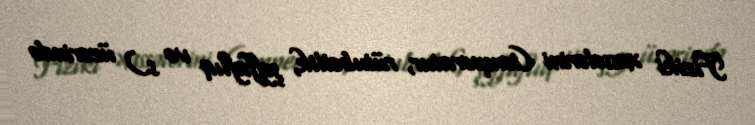
Fiziki xassələrini (temperatur, rütubətlik, şəffaflıq və s.) üzərində